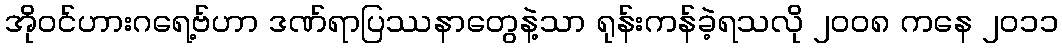
အိုဝင်ဟားဂရေ့ဗ်ဟာ ဒဏ်ရာပြဿနာတွေနဲ့သာ ရုန်းကန်ခဲ့ရသလို ၂၀၀၈ ကနေ ၂၀၁၁